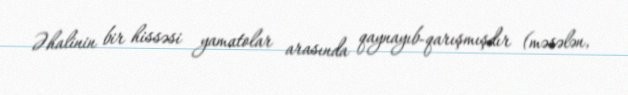
Əhalinin bir hissəsi yamatolar arasında qaynayıb-qarışmışdır (məsələn,